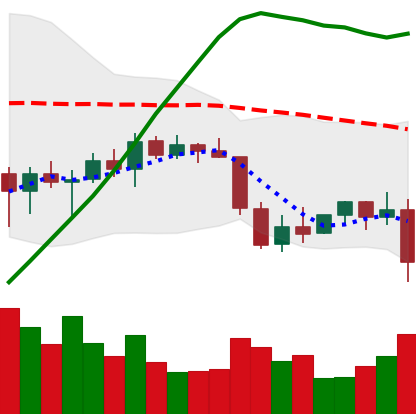
Ticker: ETH-USD
Chart end date: 2022-01-05
Forward return: -13.162%
Label: down_7plus